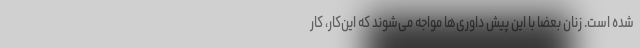
شده است. زنان بعضا با این پیش داوری‌ها مواجه می‌شوند که این‌کار، کار